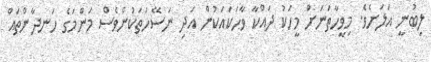
ލިބުނީ އަލަށެވެ. މިވީހާތަނަށް މީހަކު ދައްކާ ވާހަކައަކުން އަދި ނަސޭހަތަކުންވެސް މަންމަގެ ހަނދާންތައް